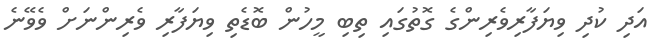
އަދި ކުދި ވިޔަފާރިވެރިންގެ ގޮތުގައި ތިބި މީހުން ބޮޑެތި ވިޔަފާރި ވެރިންނަށް ވެވޭނެ